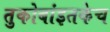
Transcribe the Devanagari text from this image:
तुकोबांइतकेच